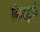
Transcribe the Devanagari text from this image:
किझकुडी